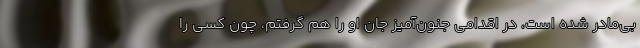
بی‌مادر شده است، در اقدامی جنون‌آمیز جان او را هم گرفتم، چون کسی را